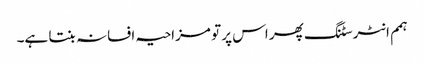
ہمم انٹرسٹنگ پھر اس پر تو مزاحیہ افسانہ بنتا ہے۔